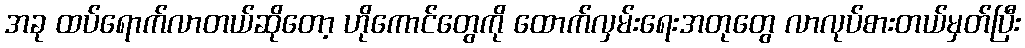
အခု ထပ်ရောက်လာတယ်ဆိုတော့ ဟိုကောင်တွေကို ထောက်လှမ်းရေးအတုတွေ လာလုပ်စားတယ်မှတ်ပြီး